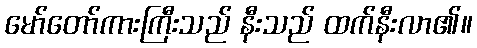
မော်တော်ကားကြီးသည် နီးသည် ထက်နီးလာ၏။